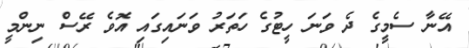
އޭނާ ސެމީގެ ދެ ވަނަ ހީޓުގެ ހަތަރު ވަނައިގައި އޮވެ ރޭސް ނިންމީ